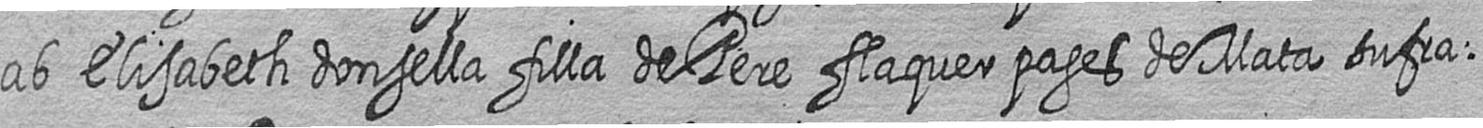
ab Elisabeth donsella filla de Pere flaquer pages de Mata sufra=